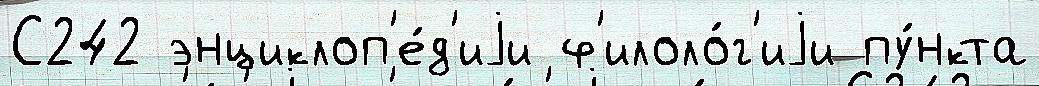
С242 энциклоп'е́д'иjи ф'илоло́г'иjи пу́нкта